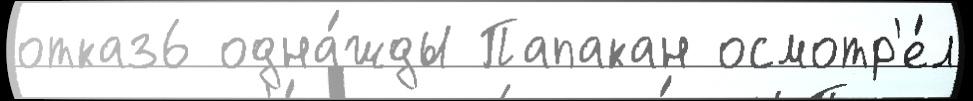
отказ6 одна́жды Папакан осмотр'е́л